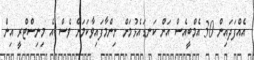
އެއްފަދައިން 30 އެމްބީއެސް އަށް ކަނޑައެޅުމަށް ނިންމާފައިވާކަމަށް ވެސް އެ މިނިސްޓްރީ އިން